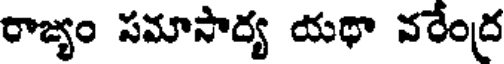
రాజ్యం సమాసాద్య యథా నరేంద్ర